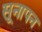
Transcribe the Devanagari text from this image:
सूनापन